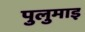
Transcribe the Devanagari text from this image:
पुलुमाइ